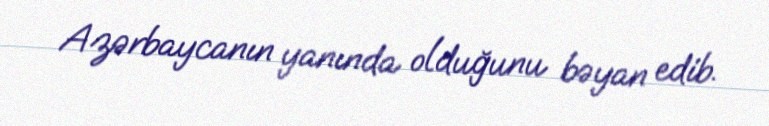
Azərbaycanın yanında olduğunu bəyan edib.